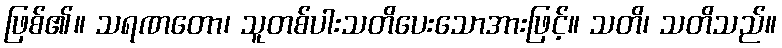
ဖြစ်၏။ သရဏတော၊ သူတစ်ပါးသတိပေးသောအားဖြင့်။ သတိ၊ သတိသည်။